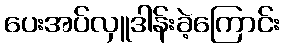
ပေးအပ်လှူဒါန်းခဲ့ကြောင်း